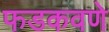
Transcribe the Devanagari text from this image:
फडकवणे